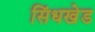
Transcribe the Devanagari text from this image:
सिंधखेड